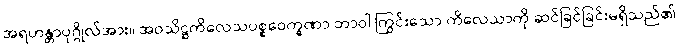
အရဟန္တာပုဂ္ဂိုလ်အား။ အဝသိဋ္ဌကိလေသပစ္စဝေက္ခဏာ ဘာဝါ ကြွင်းသော ကိလေသာကို ဆင်ခြင်ခြင်းမရှိသည်၏